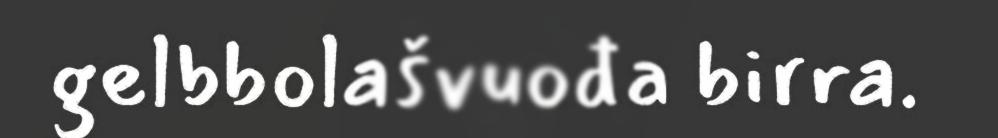
gelbbolašvuođa birra.